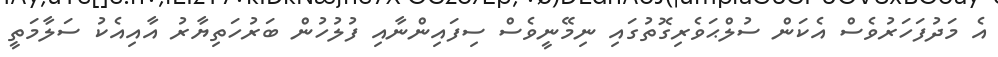
އެ މަދުފަހަރުވެސް އެކަން ސުލްޙަވެރިގޮތުގައި ނިމޭނީވެސް ސިފައިންނާއި ފުލުހުން ބަރުހަތިޔާރު އާއިއެކު ސަލާމަތީ